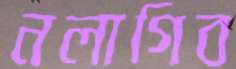
নলাগিব